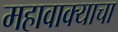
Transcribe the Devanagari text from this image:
महावाक्याचा